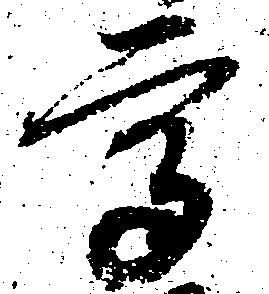
高